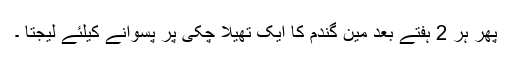
پھر ہر 2 ہفتے بعد مین گندم کا ایک تھیلا چکی پر پسوانے کیلئے لیجتا ۔